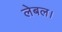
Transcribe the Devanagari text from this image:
लेबल।